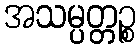
အသမ္ပတ္တဉ္စ